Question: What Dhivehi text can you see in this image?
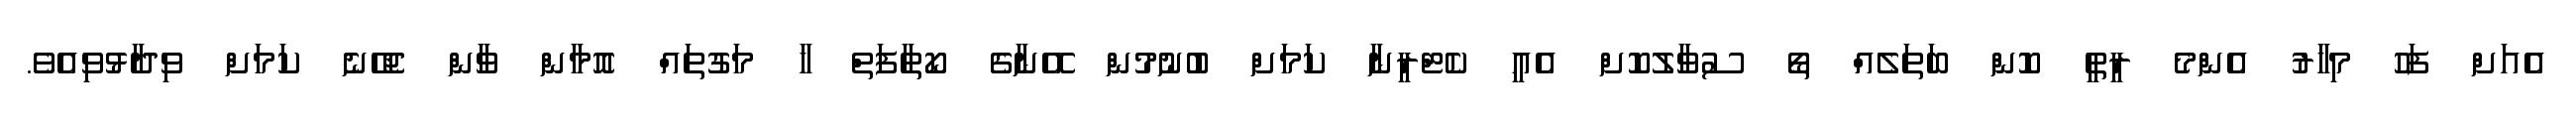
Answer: އެއަށް ފަހު މިހާރު އެންމެ ރީތީ ކޮން ބަތަލެއް ތޯ ސުވާލުކޮށް އެއީ ކެޓްރީނާ ކަމަށް ބުނުމުން އޭނާގެ ކޯތާފަތް ހާ މަގުތައް އޮމާން ވާން ޖެހޭނެ ކަމަށް ވިދާޅުވިއެވެ.